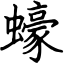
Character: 蠔